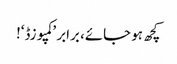
کچھ ہو جائے، برابر ’کمپوزڈ‘!